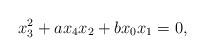
LaTeX: \begin{align*}x_3^2+ax_4x_2+bx_0x_1=0,\end{align*}